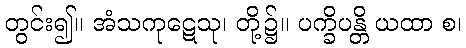
တွင်း၍။ အံသကုဋေသု၊ တို့၌။ ပက္ခိပန္တိ ယထာ စ၊